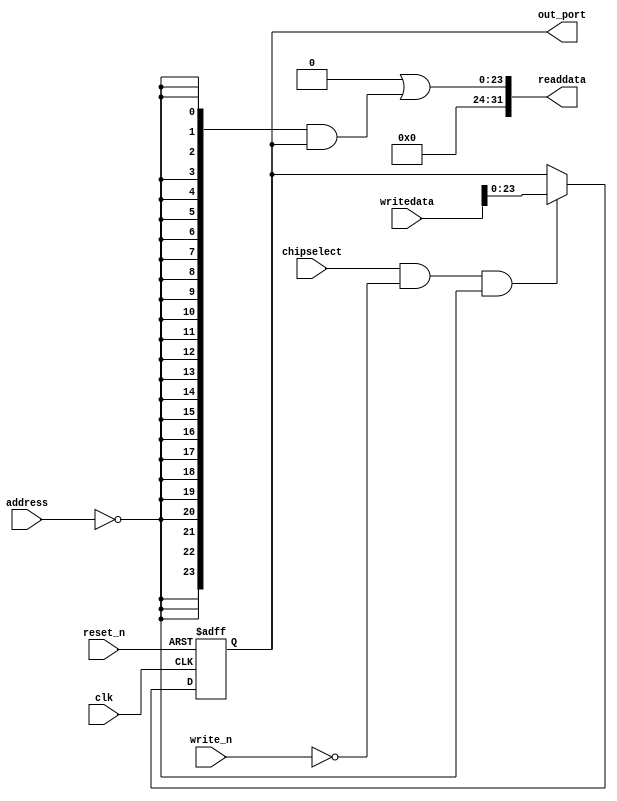
module NIOS_SYSTEMV3_CH0_THRESH (
                                   address,
                                   chipselect,
                                   clk,
                                   reset_n,
                                   write_n,
                                   writedata,
                                   out_port,
                                   readdata
                                )
;
  output  [ 23: 0] out_port;
  output  [ 31: 0] readdata;
  input   [  1: 0] address;
  input            chipselect;
  input            clk;
  input            reset_n;
  input            write_n;
  input   [ 31: 0] writedata;
  wire             clk_en;
  reg     [ 23: 0] data_out;
  wire    [ 23: 0] out_port;
  wire    [ 23: 0] read_mux_out;
  wire    [ 31: 0] readdata;
  assign clk_en = 1;
  assign read_mux_out = {24 {(address == 0)}} & data_out;
  always @(posedge clk or negedge reset_n)
    begin
      if (reset_n == 0)
          data_out <= 0;
      else if (chipselect && ~write_n && (address == 0))
          data_out <= writedata[23 : 0];
    end
  assign readdata = {32'b0 | read_mux_out};
  assign out_port = data_out;
endmodule